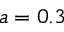
a = 0 . 3